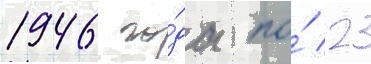
1946 го́да по́ 23